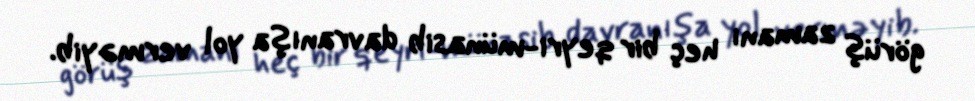
görüş zamanı heç bir qeyri-münasib davranışa yol verməyib.